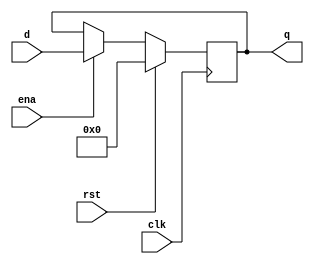
`timescale 1ns / 1ps
`default_nettype none //helps catch typo-related bugs
//////////////////////////////////////////////////////////////////////////////////
// 
// CS 141 - Fall 2015
// Module Name:    register 
// Author(s): 
// Description: 
//
//
//////////////////////////////////////////////////////////////////////////////////
module register(clk,d,q, rst, ena);

	//parameter definitions
	parameter N = 8;

	//port definitions - customize for different bit widths
	input  wire clk, rst, ena;
	input  wire [N-1:0] d;
	output reg  [N-1:0] q; //reg type means that you can put in an always block
	
	always @(posedge clk) begin
		if(rst) begin
			q <= 0;
		end
		else begin
			if(ena) begin
				q <= d;  //non-blocking-assignment operator - in english the "becomes" operator
				// q "becomes" d @ the posedge of the clock
			end
		end		
	end

endmodule
`default_nettype wire //some Xilinx IP requires that the default_nettype be set to wire